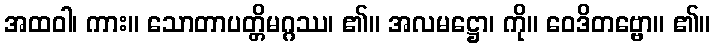
အထဝါ၊ ကား။ သောတာပတ္တိမဂ္ဂဿ၊ ၏။ အလမဋ္ဌော၊ ကို။ ဝေဒိတဗ္ဗော။ ၏။